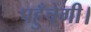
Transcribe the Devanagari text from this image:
पहुँचेगी।